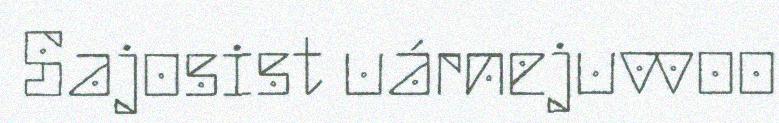
Sajosist uárnejuvvoo